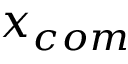
x _ { c o m }